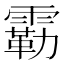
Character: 𫕬